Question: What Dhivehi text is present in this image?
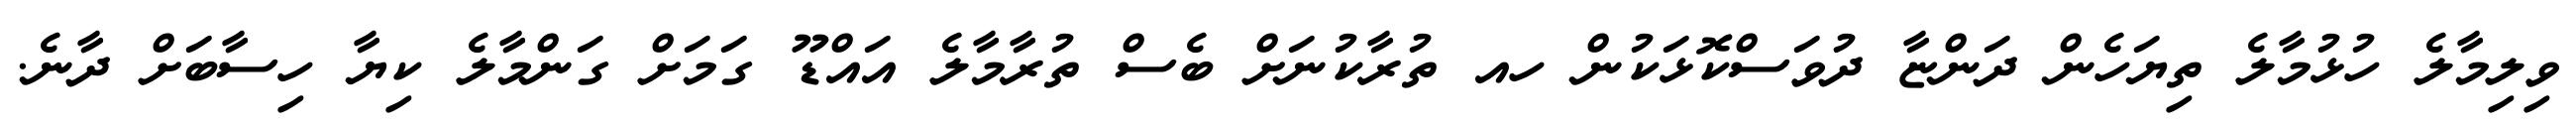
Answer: ވިލިމާލެ ހުޅުމާލެ ތިޔަހެން ދަންޏާ ދުވަސްކޮޅަކުން ހއ ތުރާކުނަށް ބެސް ތުރާމާލެ އައްޑޫ ގަމަށް ގަންމާލެ ކިޔާ ހިސާބަށް ދާނެ.